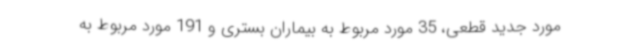
مورد جدید قطعی، 35 مورد مربوط به بیماران بستری و 191 مورد مربوط به